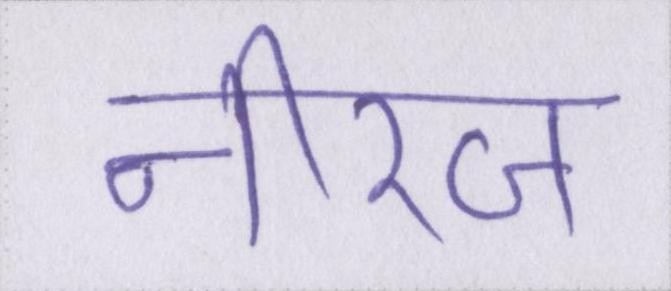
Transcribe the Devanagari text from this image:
नीरज